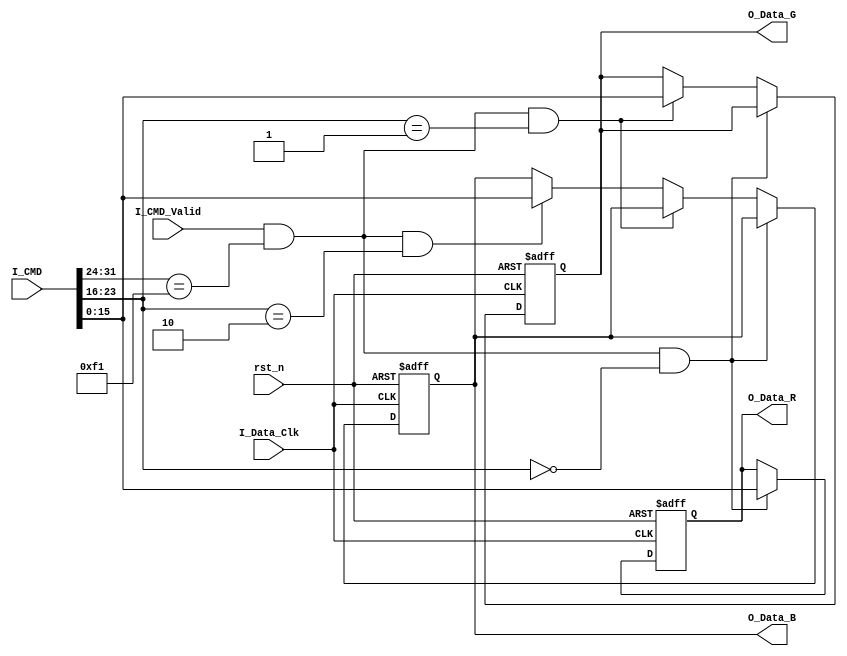
`timescale 1ns / 1ps
//////////////////////////////////////////////////////////////////////////////////
// Company: 
// Engineer: 
// 
// Design Name: 
// Module Name: Image_Gen_36bit_module
// Project Name: 
// Target Devices: 
// Tool Versions: 
// Description: 
// 
// Dependencies: 
// 
// Revision:
// Revision 0.01 - File Created
// Additional Comments:
// 
//////////////////////////////////////////////////////////////////////////////////
//  u_Image_Gen_36bit_module (
//     .I_Data_Clk                     ( I_Data_Clk                      ),
//     .rst_n                   ( rst_n                    ),
//     .I_CMD              ( I_CMD        [31:0] ),
//     .I_CMD_Valid        ( I_CMD_Valid         ),

//     .O_Data_R                ( O_Data_R          [11:0] ),
//     .O_Data_G                ( O_Data_G          [11:0] ),
//     .O_Data_B                ( O_Data_B          [11:0] )
// );

module Image_Gen_36bit_module (
    input             I_Data_Clk,
    input             rst_n,
    /**********************/
    output reg [15:0] O_Data_R,
    output reg [15:0] O_Data_G,
    output reg [15:0] O_Data_B,
    /**********************/
    input      [31:0] I_CMD,
    input             I_CMD_Valid
);
  parameter Module_Addr = 8'HF1;
  parameter R_Addr = 8'h00;
  parameter G_Addr = 8'h01;
  parameter B_Addr = 8'h02;
  /************/

  wire W_cmd_valid;
  assign W_cmd_valid = I_CMD_Valid && I_CMD[31:24] == Module_Addr;

  always @(posedge I_Data_Clk, negedge rst_n) begin
    if (!rst_n) begin
      O_Data_R <= 16'd0;
      O_Data_G <= 16'd0;
      O_Data_B <= 16'd0;
    end else if (W_cmd_valid && I_CMD[23:16] == R_Addr) O_Data_R <= I_CMD[15:0];
    else if (W_cmd_valid && I_CMD[23:16] == G_Addr) O_Data_G <= I_CMD[15:0];
    else if (W_cmd_valid && I_CMD[23:16] == B_Addr) O_Data_B <= I_CMD[15:0];
    else begin
      O_Data_R <= O_Data_R;
      O_Data_G <= O_Data_G;
      O_Data_B <= O_Data_B;
    end
  end
endmodule